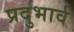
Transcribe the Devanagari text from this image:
प्रदुभार्व